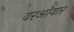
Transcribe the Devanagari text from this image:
वरओयार